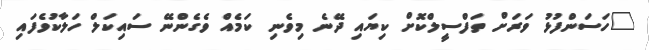
"ހަސަންފުޅު ވަރަށް ތަފްސީލްކޮށް ކިޔައި ދޭނެ މިވެނި ކަމެއް ވެގެންނޭ ސައިކަލް ހަލާކުވެފައި